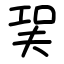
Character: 㠬